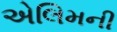
એલિમની